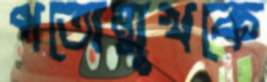
পতোন্মুখকে